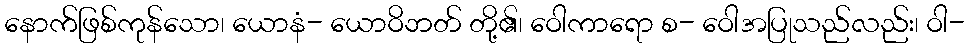
နောက်ဖြစ်ကုန်သော၊ ယောနံ- ယောဝိဘတ် တို့၏၊ ဝေါကာရော စ- ဝေါအပြုသည်လည်း၊ ဝါ-